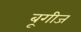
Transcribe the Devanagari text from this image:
बूगीज